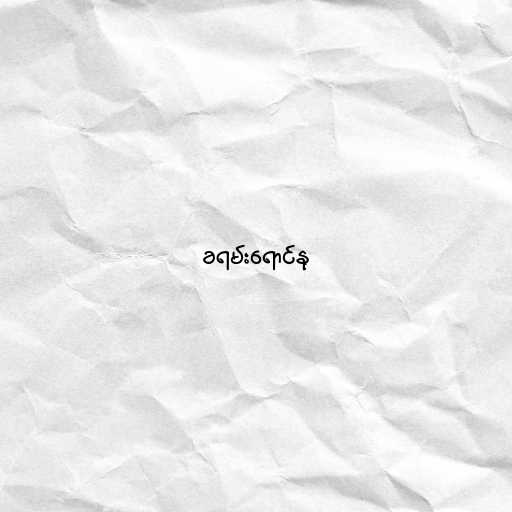
ခရမ်းရောင်နု